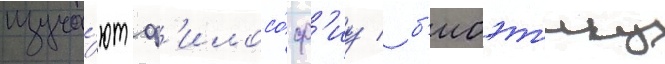
изуча́ют ф'илосо́ф'иу / б'иоэт'ику